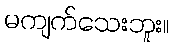
မကျက်သေးဘူး။